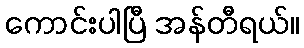
ကောင်းပါပြီ အန်တီရယ်။